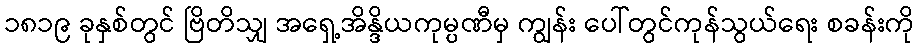
၁၈၁၉ ခုနှစ်တွင် ဗြိတိသျှ အရှေ့အိန္ဒိယကုမ္ပဏီမှ ကျွန်း ပေါ်တွင်ကုန်သွယ်ရေး စခန်းကို